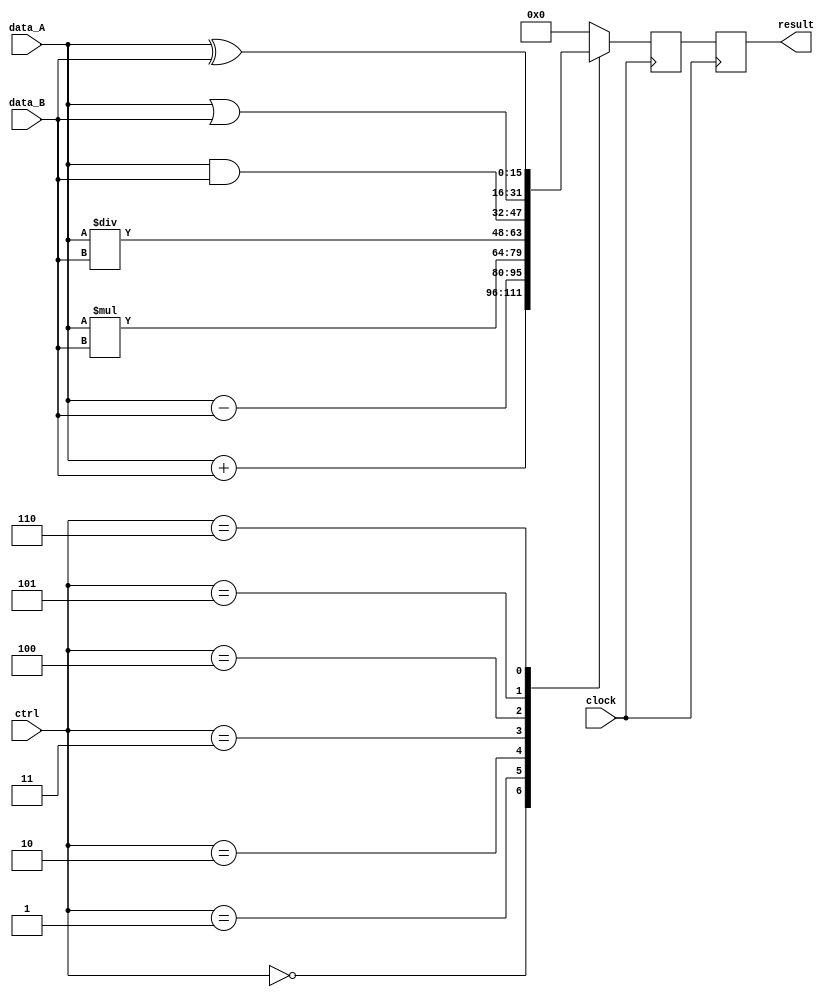
module ALU_16bit (
    input [15:0] data_A,
    input [15:0] data_B,
    input [2:0] ctrl,
    input clock,
    output reg [15:0] result
);

reg [15:0] temp_result;

always @(posedge clock) begin
    case (ctrl)
        3'b000: temp_result <= data_A + data_B; // Addition
        3'b001: temp_result <= data_A - data_B; // Subtraction
        3'b010: temp_result <= data_A * data_B; // Multiplication
        3'b011: temp_result <= data_A / data_B; // Division
        3'b100: temp_result <= data_A & data_B; // AND operation
        3'b101: temp_result <= data_A | data_B; // OR operation
        3'b110: temp_result <= data_A ^ data_B; // XOR operation
        default: temp_result <= 16'b0; // No operation
    endcase
end

always @(posedge clock) begin
    result <= temp_result;
end

endmodule